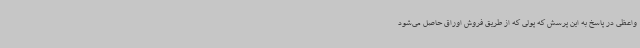
واعظی در پاسخ به این پرسش که پولی که از طریق فروش اوراق حاصل می‌شود